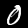
Digit: 0